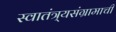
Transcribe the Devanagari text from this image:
स्वातंत्र्यसंग्रामाची